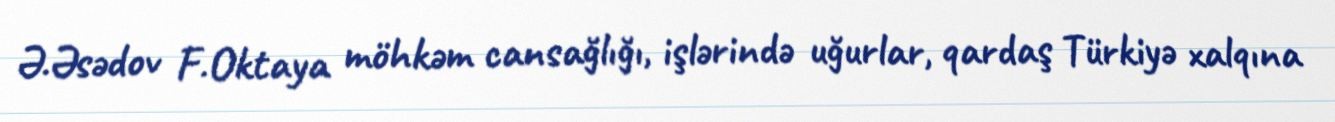
Ə.Əsədov F.Oktaya möhkəm cansağlığı, işlərində uğurlar, qardaş Türkiyə xalqına